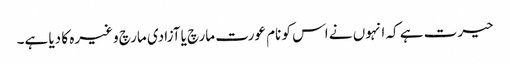
حیرت ہے کہ انہوں نے اس کو نام عورت مارچ یا آزادی مارچ وغیرہ کا دیا ہے۔